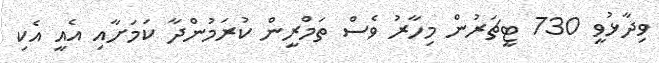
ވިދާޅުވީ 730 ޓީޗަރުން މިހާރު ވެސް ތަމްރީން ކުރަމުންދާ ކަމަށާއި އެއީ އެކި